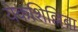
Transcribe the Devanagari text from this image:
येकशिल्लिबा